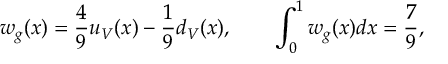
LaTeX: w _ { g } ( x ) = \frac { 4 } { 9 } u _ { V } ( x ) - \frac { 1 } { 9 } d _ { V } ( x ) , \qquad \int _ { 0 } ^ { 1 } w _ { g } ( x ) d x = \frac { 7 } { 9 } ,